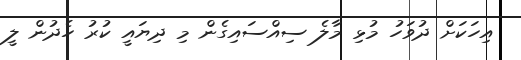
އިހަކަށް ދުވަހު މުޅި މާލެ ސިއްސައިގެން މި ދިޔައީ ކުރު ހެދުން ލީ